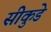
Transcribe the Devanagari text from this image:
सीकुडे